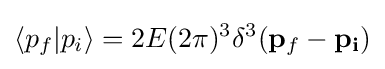
\langle p_{f}\vert p_{i}\rangle =2E(2\pi )^{3}\delta ^{3}({\bf {p}}_{f}-{\bf {p_{i}}})